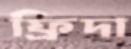
ফ্রিদা